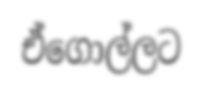
ඒගොල්ලට